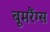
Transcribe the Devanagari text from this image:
बूमरैंग्स